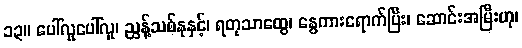
၁၃။ ပေါ်လှုပေါ်လှု၊ ညွန့်သစ်နုနှင့်၊ ရတုသာထွေ၊ နွေကားရောက်ပြီး၊ ဆောင်းအမြီးဟု၊